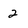
Character: 2